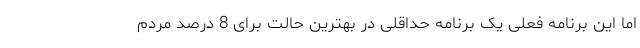
اما این برنامه فعلی یک برنامه حداقلی در بهترین حالت برای 8 درصد مردم